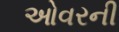
ઓવરની